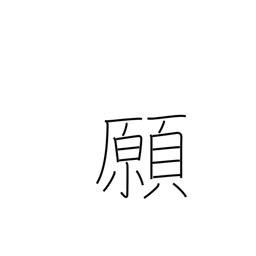
Meaning: petition